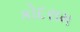
કોદરામ